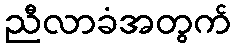
ညီလာခံအတွက်